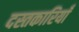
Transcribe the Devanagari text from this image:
दस्तकारियाँ